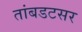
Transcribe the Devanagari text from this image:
तांबडटसर